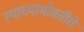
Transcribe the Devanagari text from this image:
त्याच्याभोवतीचे